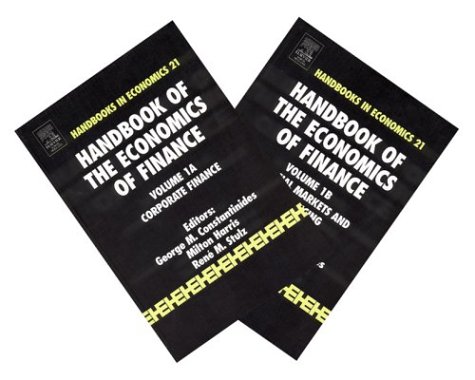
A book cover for Handbook of the Economics of Finance, Volume 1 (Set) (Set 1); Business & Money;